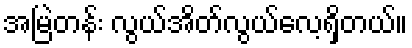
အမြဲတန်း လွယ်အိတ်လွယ်လေ့ရှိတယ်။